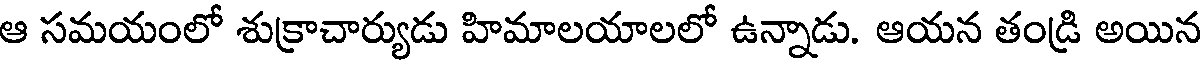
ఆ సమయంలో శుక్రాచార్యుడు హిమాలయాలలో ఉన్నాడు. ఆయన తండ్రి అయిన